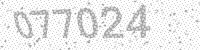
Solution: 077024